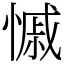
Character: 慽